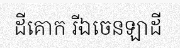
ដីគោក រីឯចេនឡាដី